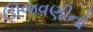
ઊજવણીનો